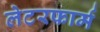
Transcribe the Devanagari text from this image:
लेटरफार्म